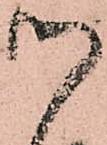
御